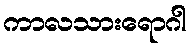
ကာလသားရောဂါ